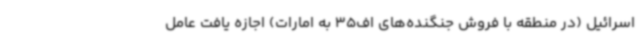
اسرائیل (در منطقه با فروش جنگنده‌های اف35 به امارات) اجازه یافت عامل